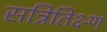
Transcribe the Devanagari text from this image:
सत्रितिक्ष्ण